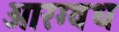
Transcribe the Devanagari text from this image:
आरग्वध